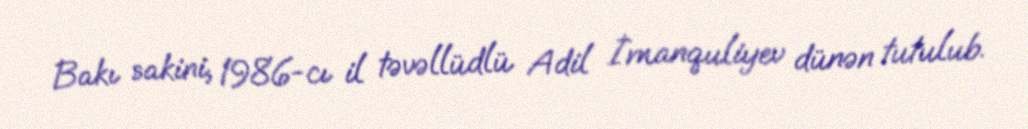
Bakı sakini, 1986-cı il təvəllüdlü Adil İmanquliyev dünən tutulub.